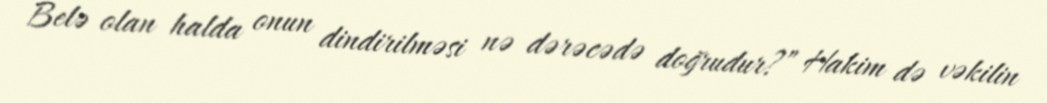
Belə olan halda onun dindirilməsi nə dərəcədə doğrudur?” Hakim də vəkilin